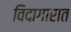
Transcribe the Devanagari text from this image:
विदागारात